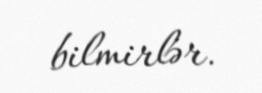
bilmirlər.